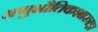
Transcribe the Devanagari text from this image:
अणुभौतिकशास्त्रज्ञ